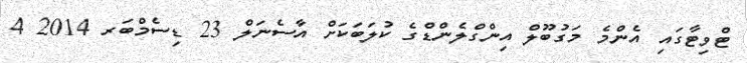
ޓްވިޓާގައި އެންމެ މަގުބޫލް އިންގްލެންޑްގެ ކުލަބަކަށް އާސެނަލް 23 ޑިސެމްބަރ 2014 4